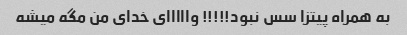
به همراه پیتزا سس نبود!!!!! وااااای خدای من مگه میشه